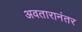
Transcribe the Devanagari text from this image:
अवतारानंतर